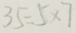
3 5 = 5 \times 7